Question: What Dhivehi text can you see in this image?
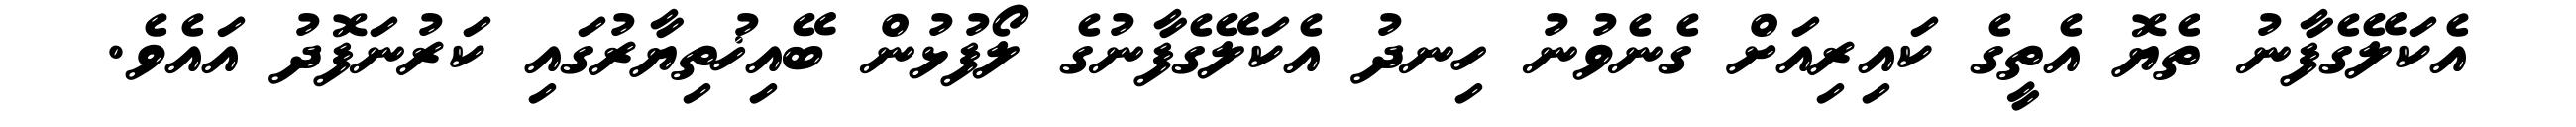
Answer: އެކަލޭގެފާނު ތެޔޮ އެތީގެ ކައިރިއަށް ގެނެވުނު ހިނދު އެކަލޭގެފާނުގެ ލޯފުޅުން ބޭއިޚުތިޔާރުގައި ކަރުނަފޮދު އައެވެ.